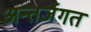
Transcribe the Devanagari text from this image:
अन्तर्जगत